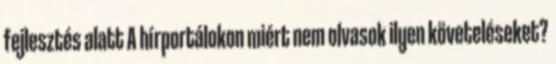
fejlesztés alatt A hírportálokon miért nem olvasok ilyen követeléseket?